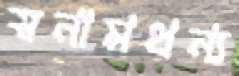
স্বনামধন্য